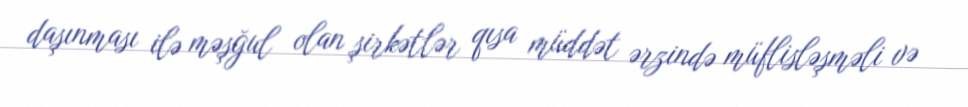
daşınması ilə məşğul olan şirkətlər qısa müddət ərzində müflisləşməli və